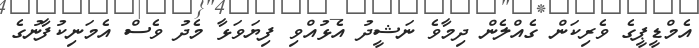
އެމްޑީޕީގެ ވެރިކަން ގެއްލެން ދިމާވެ ނަޝީދު އެޅުއްވި ފިޔަވަޅާ މެދު ވެސް އެމަނިކުފާނުގެ